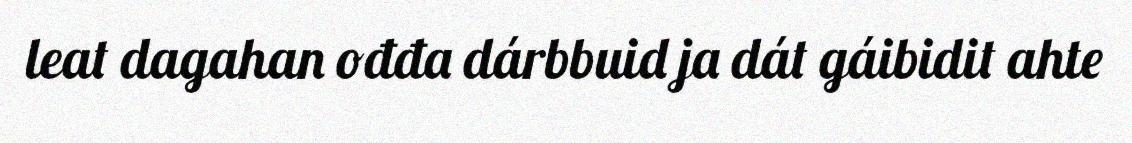
leat dagahan ođđa dárbbuid ja dát gáibidit ahte